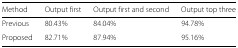
| Method | Output first | Output first and second | Output top three |
 | --- | --- | --- | --- |
 | Previous | 80.43% | 84.04% | 94.78% |
 | Proposed | 82.71% | 87.94% | 95.16% |